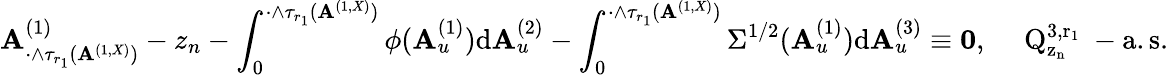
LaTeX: \mathbf{A}_{\cdot\wedge\tau_{r_{1}}(\mathbf{A}^{(1,X)})}^{(1)}-z_{n}-\int_{0}^{\cdot\wedge\tau_{r_{1}}(\mathbf{A}^{(1,X)})}\phi(\mathbf{A}_{u}^{(1)}){\mathrm{d}}\mathbf{A}_{u}^{(2)}-\int_{0}^{\cdot\wedge\tau_{r_{1}}(\mathbf{A}^{(1,X)})}\Sigma^{1/2}(\mathbf{A}_{u}^{(1)}){\mathrm{d}}\mathbf{A}_{u}^{(3)}\equiv\mathbf{{0}},\quad\mathrm{{~Q_{z_n}^{3,r_1}~-a.s.}}